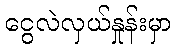
ငွေလဲလှယ်နှုန်းမှာ